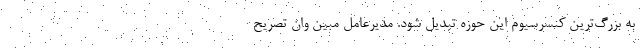
به بزرگ‌ترین کنسرسیوم این حوزه تبدیل شود. مدیرعامل مبین وان تصریح